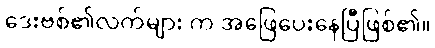
ဒေးဗစ်၏လက်များ က အဖြေပေးနေပြီဖြစ်၏။